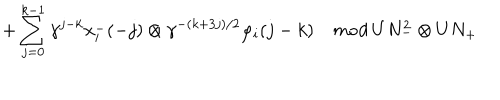
LaTeX: \hspace { . 7 i n } + \sum _ { j = 0 } ^ { k - 1 } \gamma ^ { j - k } x _ { i } ^ { - } ( - j ) \otimes \gamma ^ { - ( k + 3 j ) / 2 } \varphi _ { i } ( j - k ) \quad { \it m o d } \; U N _ { - } ^ { 2 } \otimes U N _ { + }